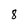
Character: 8